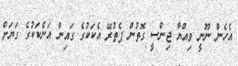
އެހެން ނޫނީ ވިއްޔާ ޖިންސީ ގޮތުން ފެތުރޭ އެކަކުގެ ގައިން އަނެކަކުގެ ގަޔަށް